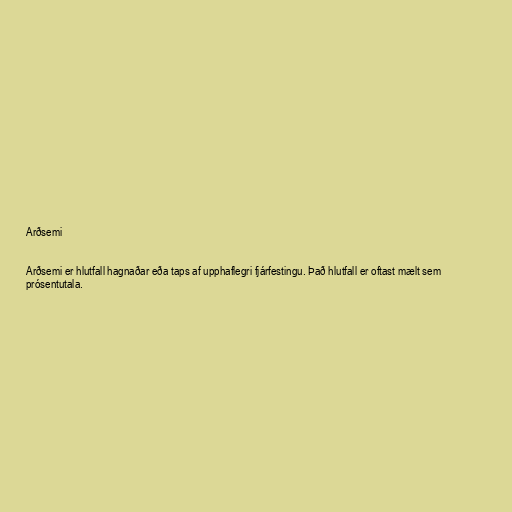
Arðsemi

Arðsemi er hlutfall hagnaðar eða taps af upphaflegri fjárfestingu. Það hlutfall er oftast mælt sem
prósentutala.